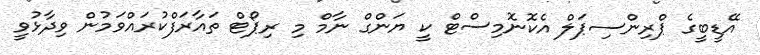
އޭޑީބީގެ ޕްރިންސިޕަލް އެކޮނޮމިސްޓް ކީ ޔަންގް ނާމް މި ރިޕޯޓް ތައާރަފްކުރައްވަމުން ވިދާޅުވީ